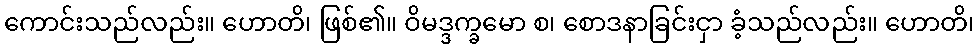
ကောင်းသည်လည်း။ ဟောတိ၊ ဖြစ်၏။ ဝိမဒ္ဒက္ခမော စ၊ စောဒနာခြင်းငှာ ခံ့သည်လည်း။ ဟောတိ၊